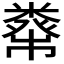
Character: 𥼇